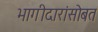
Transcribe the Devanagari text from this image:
भागीदारांसोबत